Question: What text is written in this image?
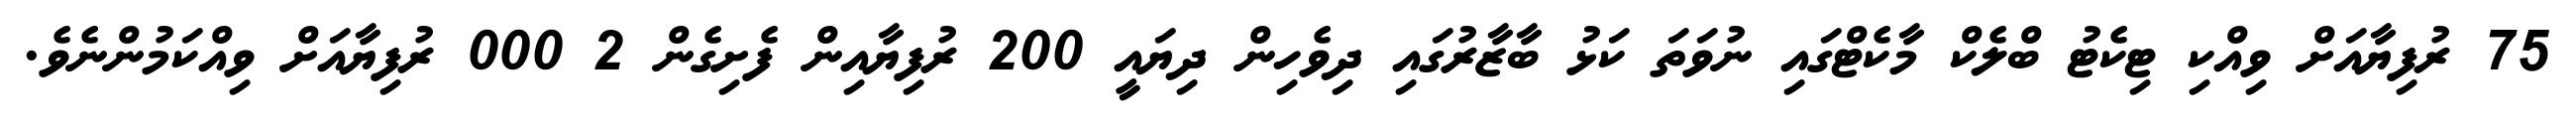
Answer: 75 ރުފިޔާއަށް ވިއްކި ޓިކެޓު ބްލެކް މާކެޓްގައި ނުވަތަ ކަޅު ބާޒާރުގައި ދިވެހިން ދިޔައީ 200 ރުފިޔާއިން ފެށިގެން 2 000 ރުފިޔާއަށް ވިއްކަމުންނެވެ.